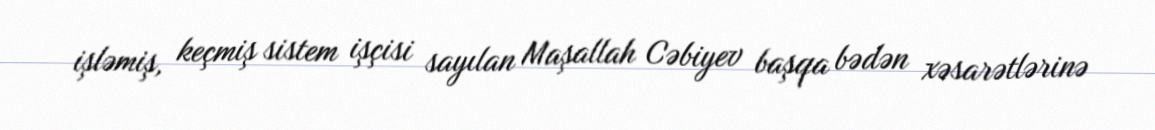
işləmiş, keçmiş sistem işçisi sayılan Maşallah Cəbiyev başqa bədən xəsarətlərinə